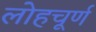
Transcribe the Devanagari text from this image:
लोहचूर्ण